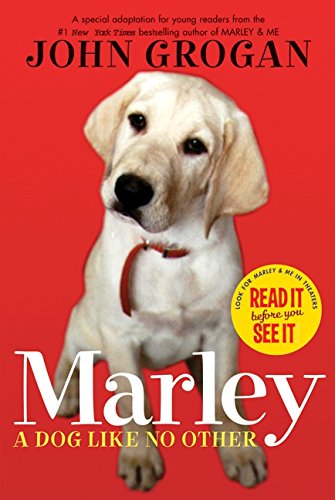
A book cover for Marley: A Dog Like No Other; John Grogan; Children's Books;